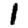
Digit: 1